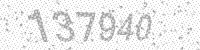
Solution: 137940